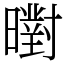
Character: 㬣